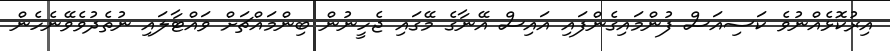
އިރުކޮޅެއްނުވެ ކަސިއަސް ފުންމައިގެންފައި އައިސް އޭނާގެ މޭގައި ޖެހީނުން ބިންމައްޗަށް ވައްޓާލައި ނުތެދުވެވޭނެހެން